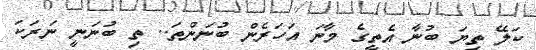
ކަލޭ ތިޔަ ބުނާ އެތީގެ މާނަ އަހަރެން ބުނަންތަ.. ތި ބުނަނީ ނަރަކަ